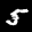
Label: 5